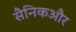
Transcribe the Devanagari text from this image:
सैनिकऔर